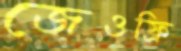
জেওফ্রি